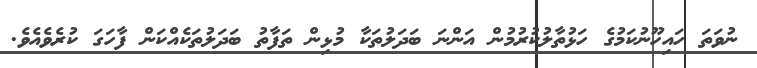
ނުވަތަ ހައިހޫނުކަމުގެ ހަޅުތާލުކުރުމުން އަންނަ ބަދަލުތަކާ މުޅިން ތަފާތު ބަދަލުތަކެއްކަން ފާހަގަ ކުރެވެއެވެ.